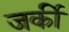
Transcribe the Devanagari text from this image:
जर्की